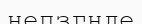
непзгнде